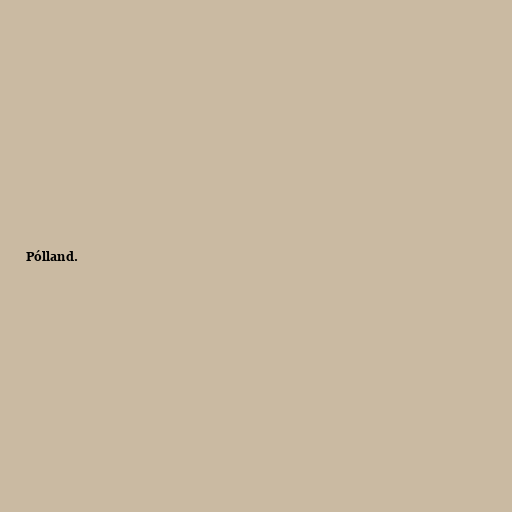
Pólland.